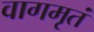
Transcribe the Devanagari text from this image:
वागमृतं